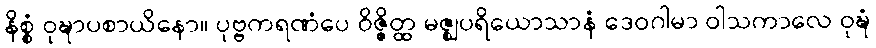
နိစ္စံ ဝုဍ္ဎာပစာယိနော။ ပုဗ္ဗကရဏံပေ ဝိဇ္ဇိတ္ထ မဇ္ဈပရိယောသာနံ ဒေဝဂါမာ ဝါသကာလေ ဝုဍ္ဎံ